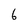
Character: 6